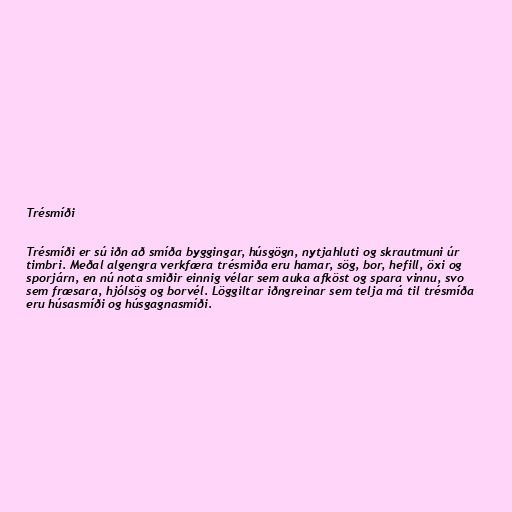
Trésmíði

Trésmíði er sú iðn að smíða byggingar, húsgögn, nytjahluti og skrautmuni úr
timbri. Meðal algengra verkfæra trésmiða eru hamar, sög, bor, hefill, öxi og
sporjárn, en nú nota smiðir einnig vélar sem auka afköst og spara vinnu, svo
sem fræsara, hjólsög og borvél. Löggiltar iðngreinar sem telja má til trésmíða
eru húsasmíði og húsgagnasmíði.